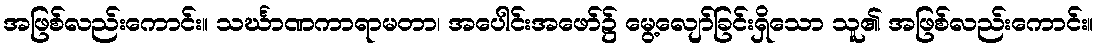
အဖြစ်လည်းကောင်း။ သင်္ဃာဏကာရာမတာ၊ အပေါင်းအဖော်၌ မွေ့လျော်ခြင်းရှိသော သူ၏ အဖြစ်လည်းကောင်း။